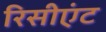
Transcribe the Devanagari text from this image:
रिसीएंट